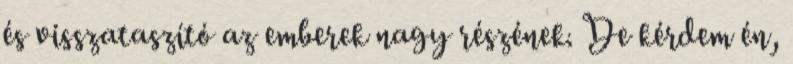
és visszataszító az emberek nagy részének. De kérdem én,